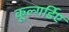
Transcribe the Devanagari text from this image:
कूल्गर्डिए